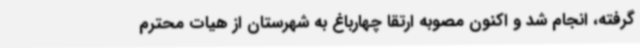
گرفته، انجام شد و اکنون مصوبه ارتقا چهارباغ به شهرستان از هیات محترم